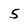
Character: 5